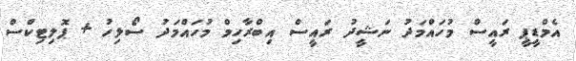
އެމްޑީޕީ ރައީސް މުހައްމަދު ނަޝީދު ރައީސް އިބްރާހިމް މުހައްމަދު ސޯލިހު + ޕޮލިޓިކްސް